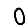
Digit: 0